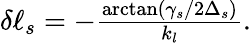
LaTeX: \begin{array}{r}{\delta\ell_{s}=-\frac{\arctan(\gamma_{s}/2\Delta_{s})}{k_{l}}.}\end{array}